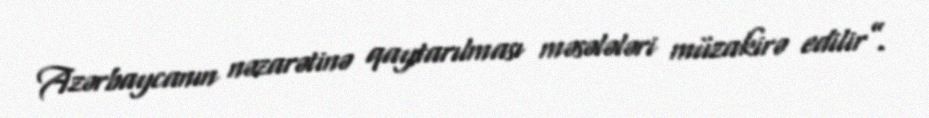
Azərbaycanın nəzarətinə qaytarılması məsələləri müzakirə edilir”.